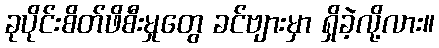
ခုပိုင်းစိတ်ဖိစီးမှုတွေ ခင်ဗျားမှာ ရှိခဲ့လို့လား။